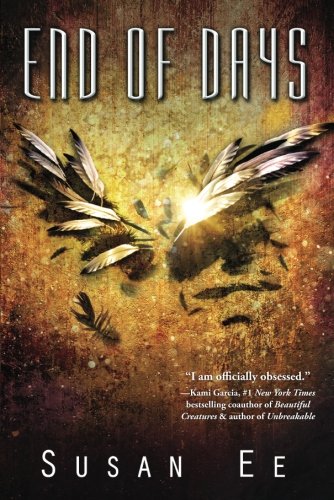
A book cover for End of Days (Penryn & the End of Days Series); Susan Ee; Science Fiction & Fantasy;